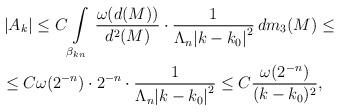
LaTeX: \begin{align*}&\left| A_k\right|\leq C\int\limits_{\beta_{kn}}\,\frac{\omega(d(M))}{d^{2}(M)}\cdot\frac{1}{\Lambda_n {|k-k_0|}^2}\, dm_3(M)\leq\\&\leq C\omega(2^{-n})\cdot 2^{-n}\cdot \frac{1}{\Lambda_n {|k-k_0|}^2}\leq C\frac{\omega (2^{-n})}{(k-k_0)^2},\end{align*}